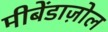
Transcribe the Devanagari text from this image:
मीबेंडाज़ोल